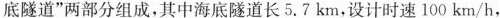
底隧道”两部分组成，其中海底隧道长5.7km，设计时速100km/h，